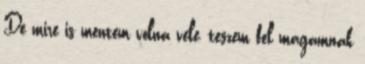
De mire is mentem volna vele, teszem fel magamnak